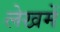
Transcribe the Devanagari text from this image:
लेखमें